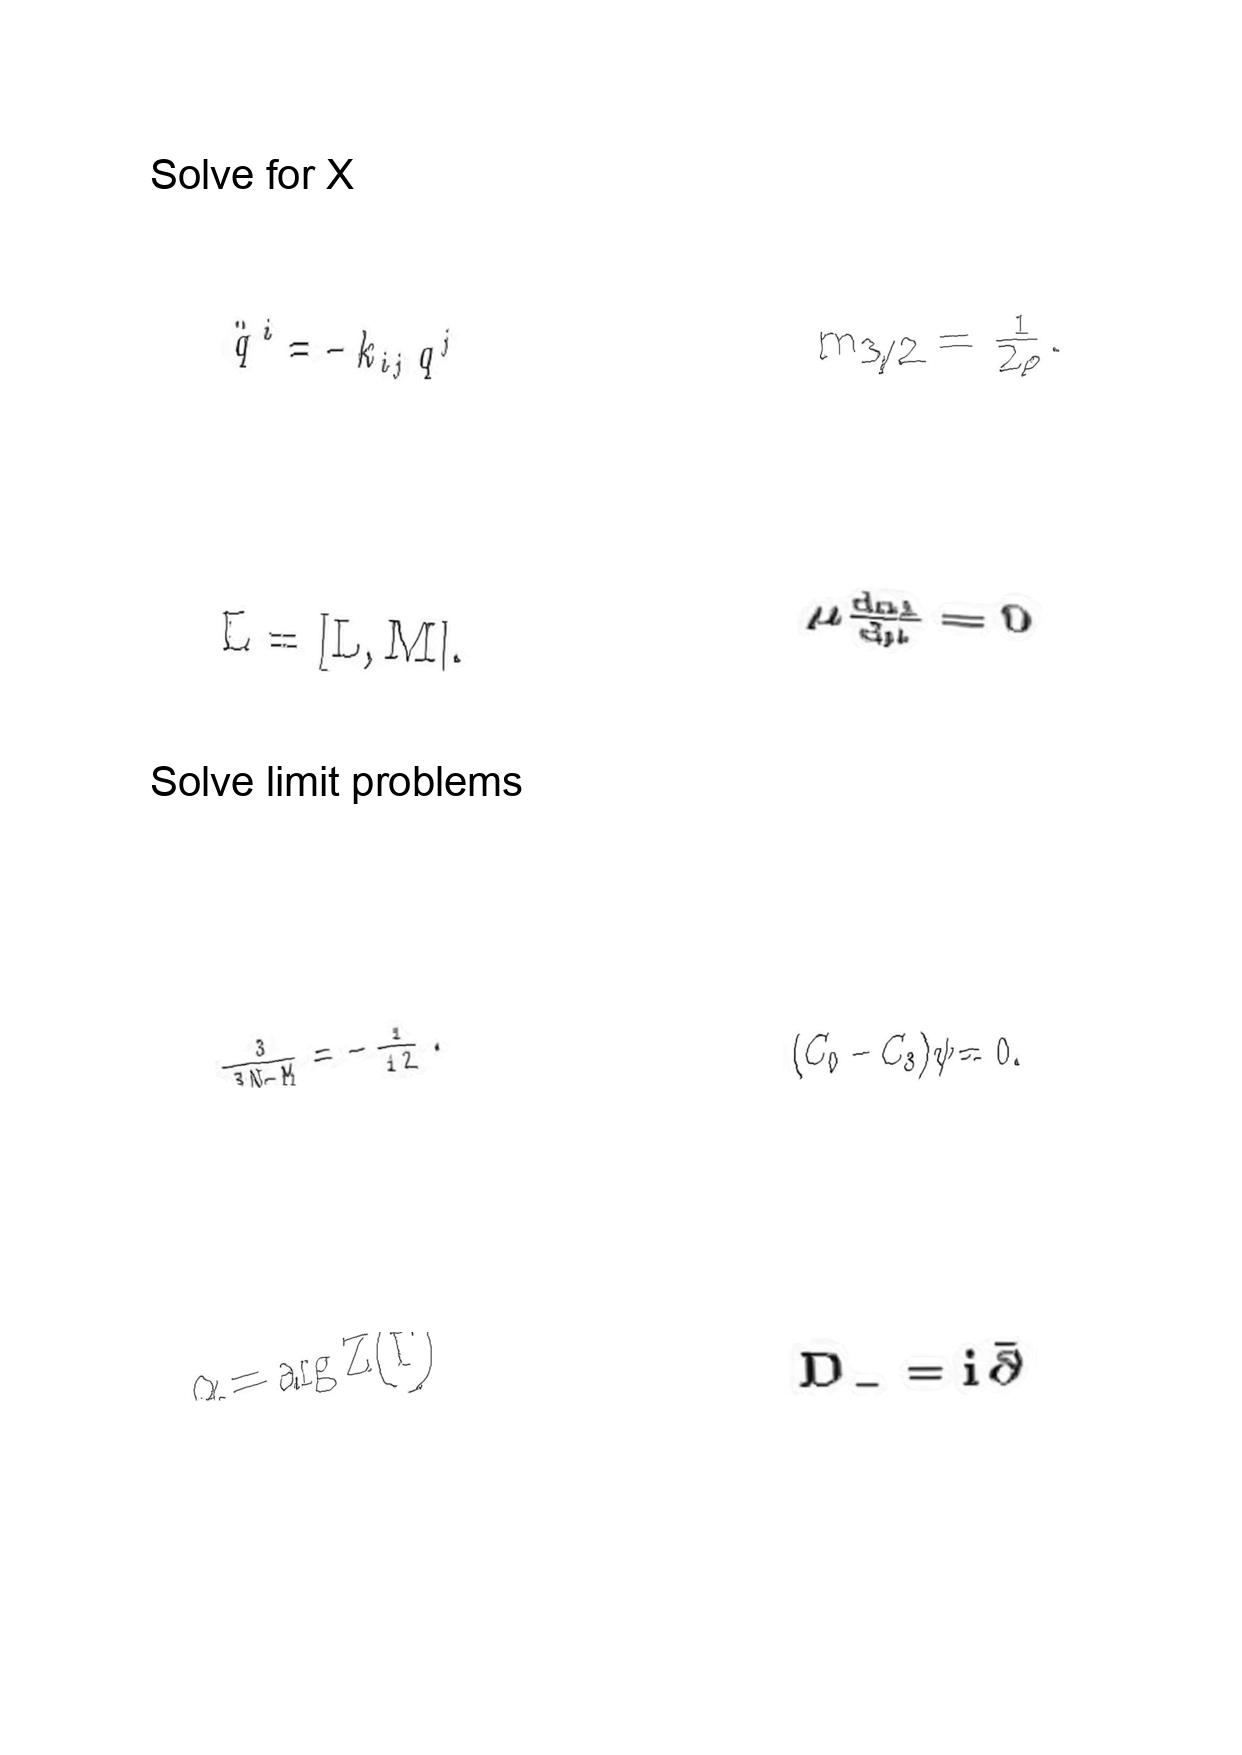
LaTeX transcription:
\ddot { q } ^ { i } = - k _ { i j } q ^ { j }
\dot { L } = \lbrack L , M \rbrack .
\frac { 3 } { 3 N - M } = - \frac { 1 } { 1 2 } .
\alpha = \arg Z \lparen \Gamma \rparen
m _ { 3 / 2 } = \frac { 1 } { 2 \rho } .
\mu \frac { d \alpha _ { 1 } } { d \mu } = 0
\lparen C _ { 0 } - C _ { 3 } \rparen \psi = 0 .
D _ { - } = i \bar { \partial }